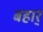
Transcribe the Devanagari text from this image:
बहार्